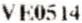
VE0514